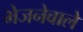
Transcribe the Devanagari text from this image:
भेजनेवाले